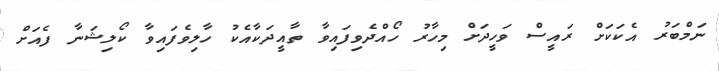
ނަމްބަރު އެކަކަށް ރައީސް ވަހީދަށް މިހާރު ހޯއްދެވިފައިވާ ތާއީދަކާއެކު ހާލިވެފައިވާ ކޯލިޝަނާ ފެއަށް